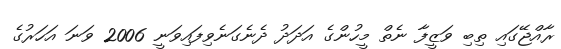
ރާއްޖޭގައި ތިބި ވަޒީފާ ނެތް މީހުންގެ އަދަދު ދެނެގަނެވިފައިވަނީ 2006 ވަނަ އަހަރުގެ